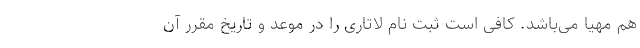
هم مهیا می‌باشد. کافی است ثبت نام لاتاری را در موعد و تاریخ مقرر آن